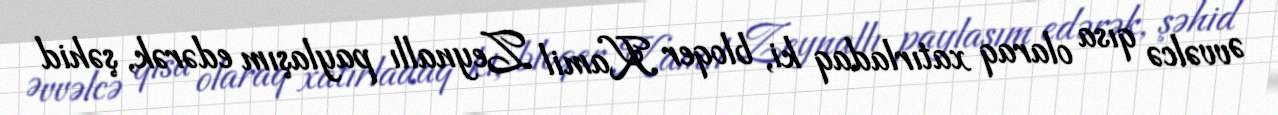
Əvvəlcə qısa olaraq xatırladaq ki, bloqer Kamil Zeynallı paylaşım edərək, şəhid